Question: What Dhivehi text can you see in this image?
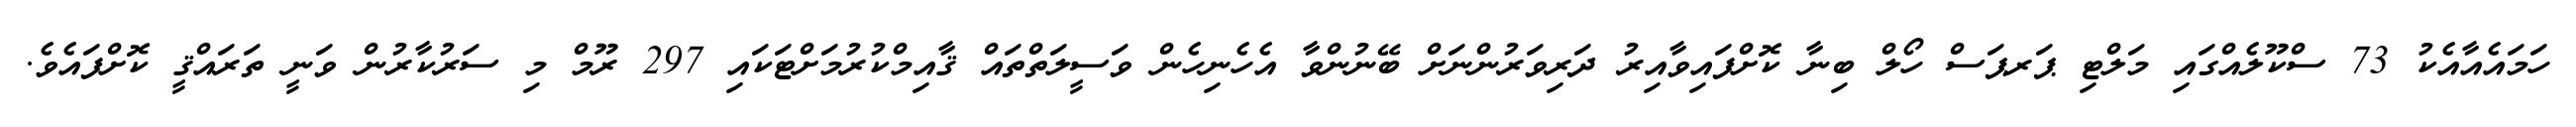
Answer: ހަމައެއާއެކު 73 ސްކޫލެއްގައި މަލްޓި ޕަރޕަސް ހޯލް ބިނާ ކޮށްފައިވާއިރު ދަރިވަރުންނަށް ބޭނުންވާ އެހެނިހެން ވަސީލަތްތައް ޤާއިމްކުރުމަށްޓަކައި 297 ރޫމް މި ސަރުކާރުން ވަނީ ތަރައްޤީ ކޮށްފައެވެ.